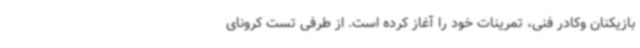
بازیکنان وکادر فنی، تمرینات خود را آغاز کرده است. از طرفی تست کرونای